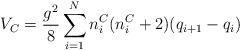
LaTeX: \begin{align*}V_C = \frac{g^2 }{8} \sum_{i=1}^{N} n_i^C (n_i^C +2) (q_{i+1} -q_i )\end{align*}